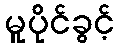
မူပိုင်ခွင့်